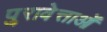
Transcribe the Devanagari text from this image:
पुरावेत्ताओं